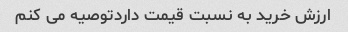
ارزش خرید به نسبت قیمت داردتوصیه می کنم